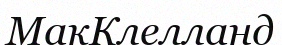
МакКлелланд